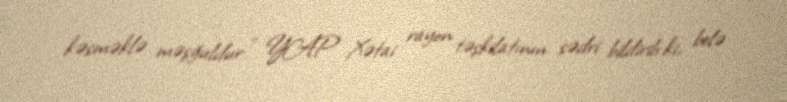
kəsməklə məşğuldur.” YAP Xətai rayon təşkilatının sədri bildirib ki, belə